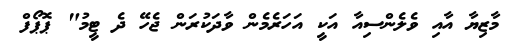
މާޒިޔާ އާއި ވެލެންސިއާ އަކީ އަހަރެމެން ވާދަކުރަން ޖެހޭ ދެ ޓީމު" ޕޮޕޯފް